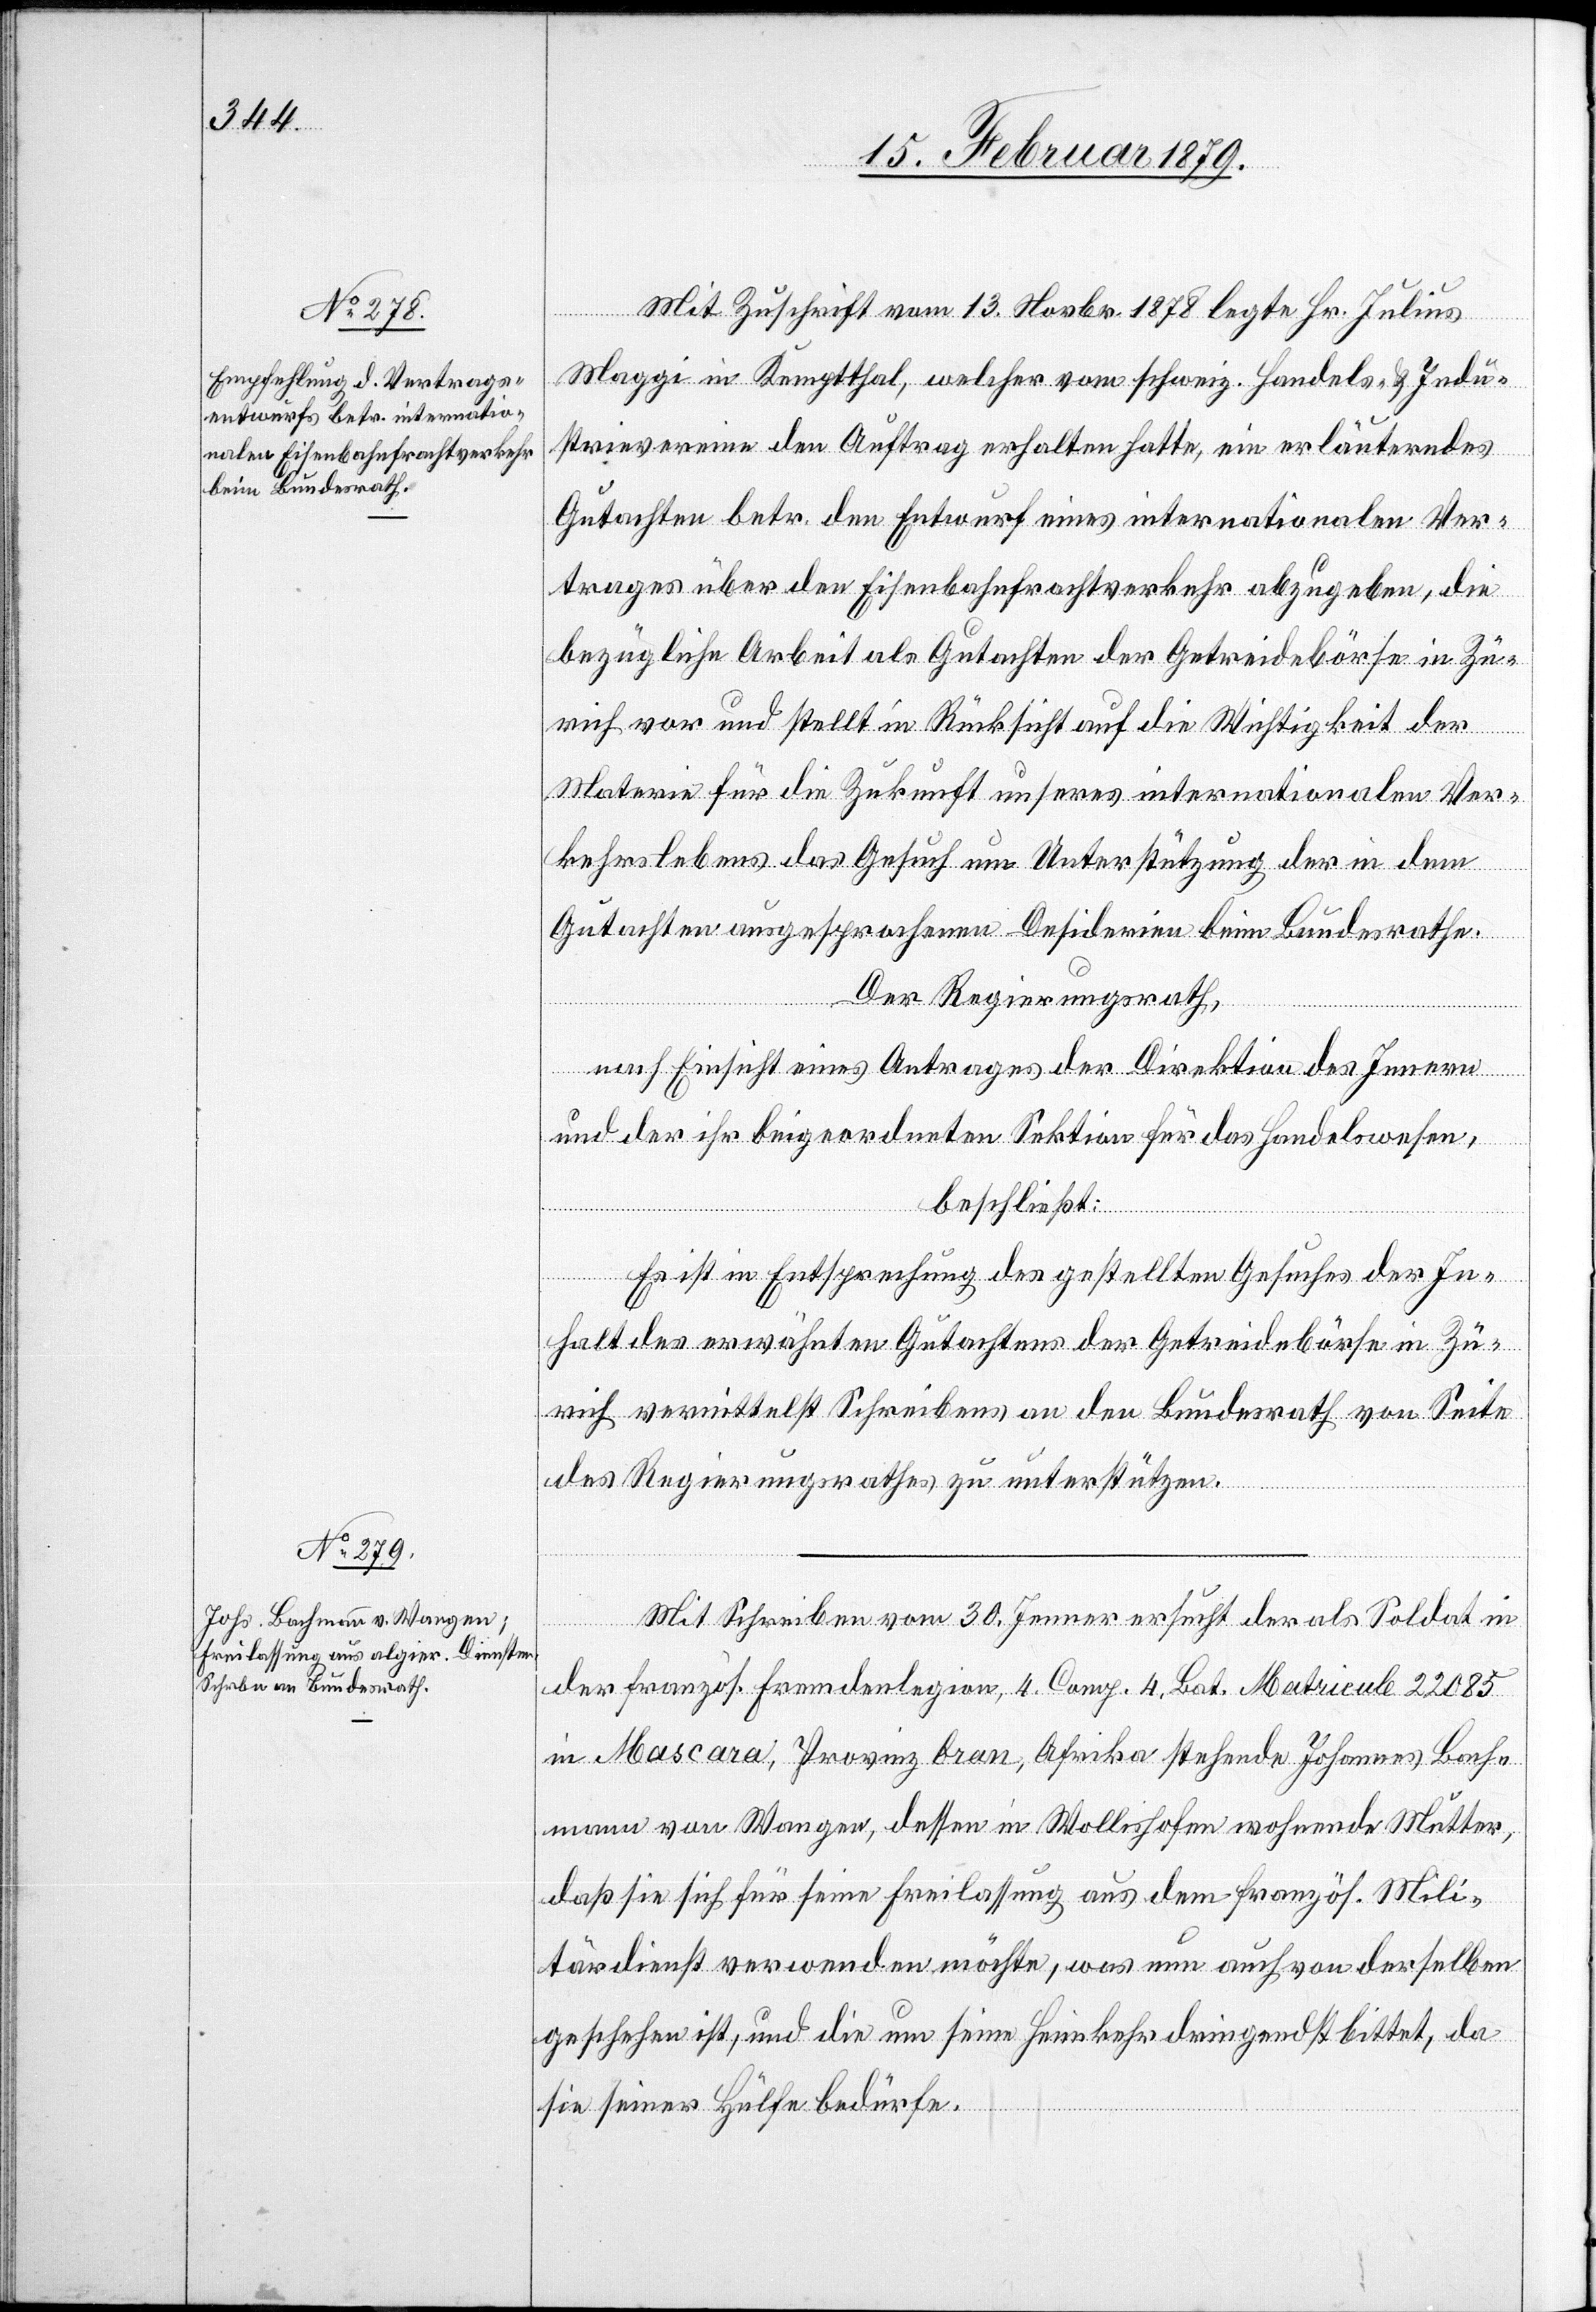
Mit Zuschrift vom 13. Novbr. 1878 legte Hr. Julius
Maggi in Kemptthal, welcher vom schweiz. Handels- & Indu¬
strievereine den Auftrag erhalten hatte, ein erläuterndes
Gutachten betr. den Entwurf eines internationalen Ver¬
trages über den Eisenbahnfrachtverkehr abzugeben, die
bezügliche Arbeit als Gutachten der Getreidebörse in Zü¬
rich vor und stellt in Rücksicht auf die Wichtigkeit der
Materie für die Zukunft unseres internationalen Ver¬
kehrslebens das Gesuch um Unterstützung der in dem
Gutachten ausgesprochenen Desiderien beim Bundesrathe.
Der Regierungsrath,
nach Einsicht eines Antrages der Direktion des Innern
und der ihr beigeordneten Sektion für das Handelswesen,
beschließt:
Es ist in Entsprechung des gestellten Gesuches der In¬
halt des erwähnten Gutachtens der Getreidebörse in Zü¬
rich vermittelst Schreiben an den Bundesrath von Seite
des Regierungsrathes zu unterstützen.
Mit Schreiben vom 30. Jenner ersucht der als Soldat in
der französ. Fremdenlegion, 4. Comp. 4. Bat. Matricule 22 085
in Mascara, Provinz Oran, Afrika stehende Johannes Bach¬
mann von Wangen, dessen in Wollishofen stehende Mutter,
daß sie sich für seine Freilassung aus dem französ. Mili¬
tärdienst verwenden möchte, was nun auch von derselben
geschehen ist, und die um seine Heimkehr dringendst bittet, da
sie seiner Hülfe bedürfe.